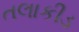
તલાકીડ